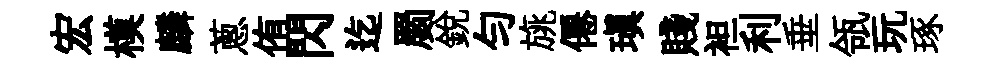
宏模麟蔥侑閃迄罽銳勻旐僊瑱賤袒利垂瓴玩琢